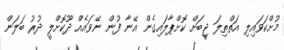
މުށްކަވައިލި އަތްތިލަ ޖީބަށް ކޮށްޕާލައިގެން އޭނާ ފުން ނޭވައެއް ދޫކޮށްލީ ދުރު ބަލަން